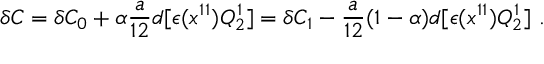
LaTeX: \delta C = \delta C _ { 0 } + \alpha { \frac { a } { 1 2 } } d [ \epsilon ( x ^ { 1 1 } ) Q _ { 2 } ^ { 1 } ] = \delta C _ { 1 } - { \frac { a } { 1 2 } } ( 1 - \alpha ) d [ \epsilon ( x ^ { 1 1 } ) Q _ { 2 } ^ { 1 } ] \ .